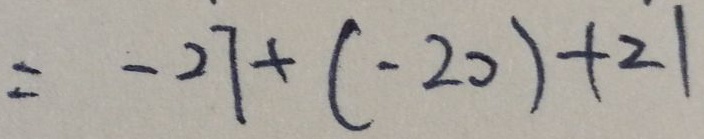
= - 2 7 + ( - 2 0 ) + 2 1